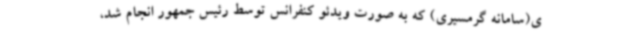
ی(سامانه گرمسیری) که به صورت ویدئو کنفرانس توسط رئیس جمهور انجام شد،